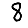
Digit: 8